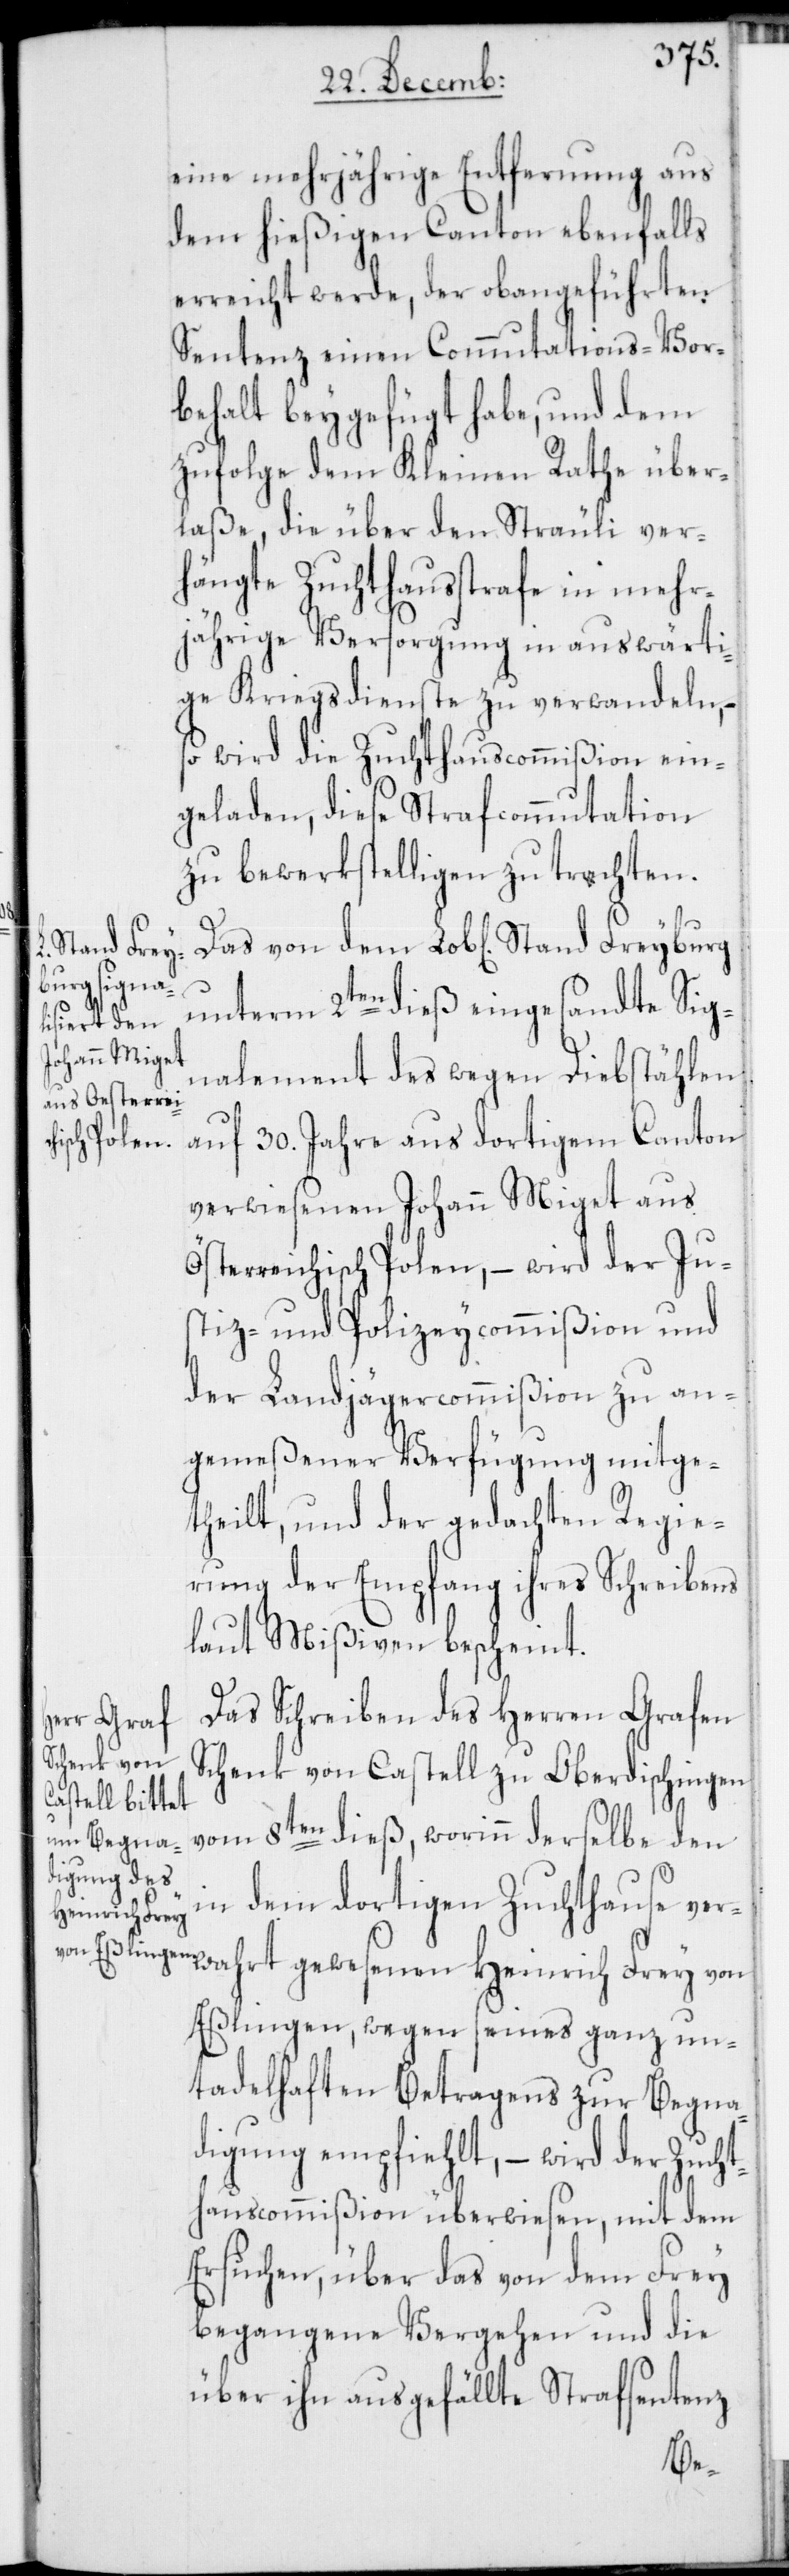
eine mehrjährige Entfernung aus
dem hießigen Canton ebenfalls
erreicht werde, der obangeführten
Sentenz einen Commutations-Vor¬
behalt beygefügt habe, und dem¬
zufolge dem Kleinen Rathe über¬
laße, die über den Sträuli ver¬
hängte Zuchthausstrafe in mehr¬
jährige Versorgung in auswärti¬
ge Kriegsdienste zu verwandeln, –
so wird die Zuchthauscommißion ein¬
geladen, diese Strafcommutation
zu bewerkstelligen zu trachten.
Stand Freyb¬
wahrt
unterm 2ten dieß eingesandte Sig¬
nalement des wegen Diebstählen
auf 30. Jahre aus dortigem Canton
verwiesenen Johann Miget aus
Österreichisch Polen, – wird der Ju¬
stiz- und Polizeycommißion und
der Landjägercommißion zu an¬
gemeßener Verfügung mitge¬
theilt, und der gedachten Regie¬
rung der Empfang ihres Schreibens
laut Mißiven bescheint.
Das Schreiben des Herren Grafen
Schenk von Castell zu Oberdischingen
vom 8ten dieß, worinn derselbe den
in dem dortigen Zuchthause ver¬
Heinrich Frey
Eßlingen, wegen seines ganz un¬
tadelhaften Betragens zur Begna¬
digung empfiehlt, – wird der Zucht¬
hauscommißion überwiesen, mit dem
Ersuchen, über das von dem Frey
begangene Vergehen und die
über ihn ausgefällte Strafsentenz